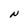
Character: N